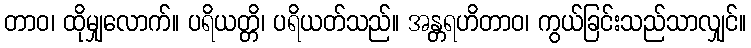
တာဝ၊ ထိုမျှလောက်။ ပရိယတ္တိ၊ ပရိယတ်သည်။ အန္တရဟိတာဝ၊ ကွယ်ခြင်းသည်သာလျှင်။